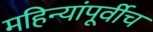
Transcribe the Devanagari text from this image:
महिन्यांपूर्वीच